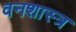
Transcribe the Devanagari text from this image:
वनशास्त्र